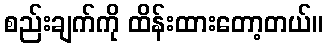
စည်းချက်ကို ထိန်းထားတော့တယ်။